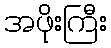
အဖိုးကြီး